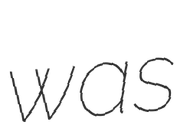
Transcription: was